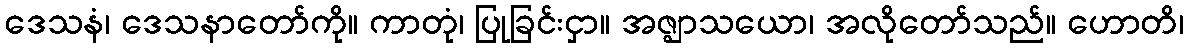
ဒေသနံ၊ ဒေသနာတော်ကို။ ကာတုံ၊ ပြုခြင်းငှာ။ အဇ္ဈာသယော၊ အလိုတော်သည်။ ဟောတိ၊